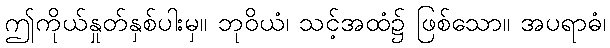
ဤကိုယ်နှုတ်နှစ်ပါးမှ။ ဘုဝိယံ၊ သင့်အထံ၌ ဖြစ်သော။ အပရာဓံ၊